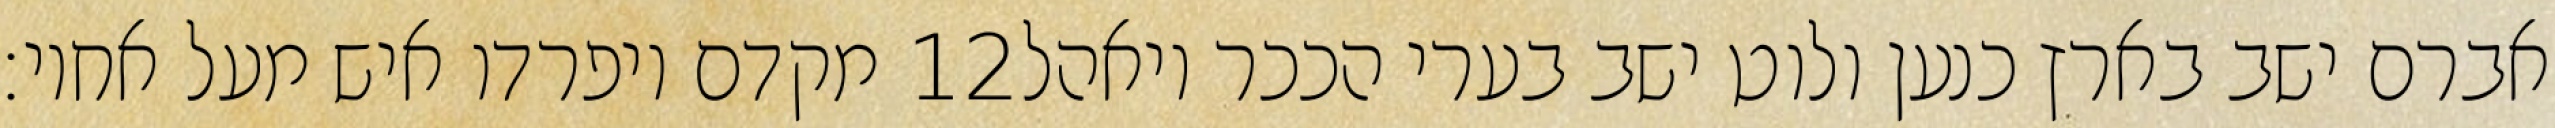
מקדם ויפרדו איש מעל אחיו׃ ‎12‏ אברם ישב בארץ כנען ולוט ישב בערי הככר ויאהל